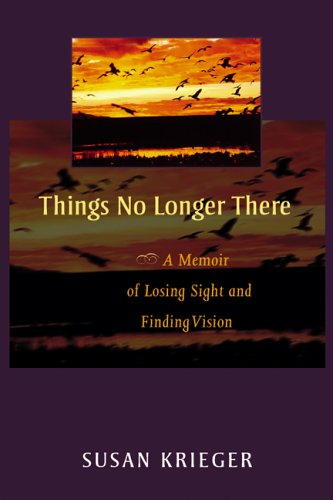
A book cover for Things No Longer There: A Memoir of Losing Sight and Finding Vision; Susan Krieger; Gay & Lesbian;